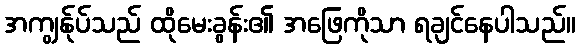
အကျွန်ုပ်သည် ထိုမေးခွန်း၏ အဖြေကိုသာ ရချင်နေပါသည်။